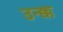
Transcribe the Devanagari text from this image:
उन्क्क